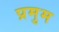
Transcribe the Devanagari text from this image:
प्रमुम